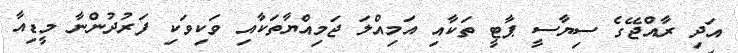
އަދި ރާއްޖޭގެ ސިޔާސީ ޕާޓީ ތަކާއި އަމިއްލަ ޖަމިއްޔާތަކާއި ވަކިވަކި ފަރުދުންނާ މީޑިއާ